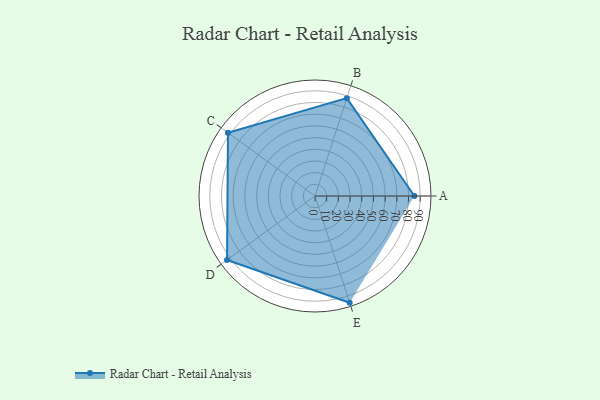
{"axis": {"x": "Skill", "y": "Score"}, "legend": ["Profile"], "data": [{"x": "A", "y": 85.0, "type": "Profile"}, {"x": "B", "y": 88.0, "type": "Profile"}, {"x": "C", "y": 92.0, "type": "Profile"}, {"x": "D", "y": 93.0, "type": "Profile"}, {"x": "E", "y": 96.0, "type": "Profile"}]}